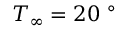
T _ { \infty } = 2 0 ~ ^ { \circ }